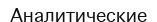
Аналитические